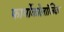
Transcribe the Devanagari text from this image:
फार्मोकोलॉजिक